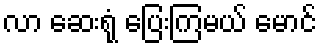
လာ ဆေးရုံ ပြေးကြမယ် မောင်